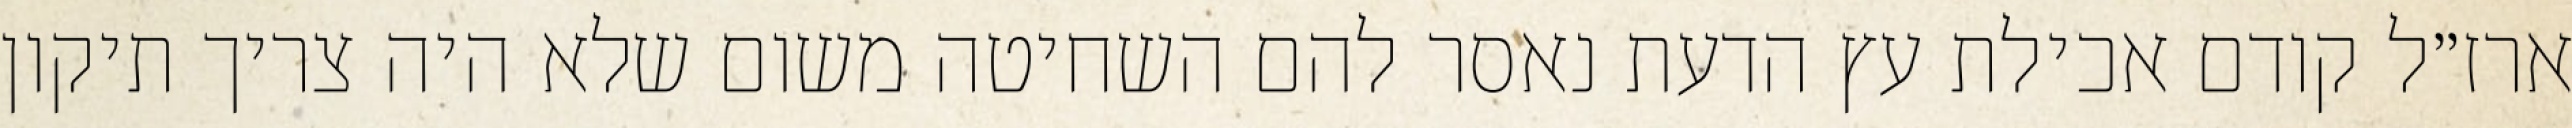
ארז״ל קודם אכילת עץ הדעת נאסר להם השחיטה משום שלא היה צריך תיקון